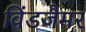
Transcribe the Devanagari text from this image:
विंडजैमर